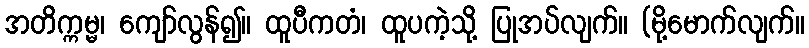
အတိက္ကမ္မ၊ ကျော်လွန်၍။ ထူပီကတံ၊ ထူပကဲ့သို့ ပြုအပ်လျက်။ (မို့မောက်လျက်။